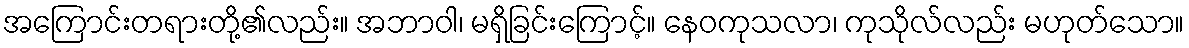
အကြောင်းတရားတို့၏လည်း။ အဘာဝါ၊ မရှိခြင်းကြောင့်။ နေဝကုသလာ၊ ကုသိုလ်လည်း မဟုတ်သော။